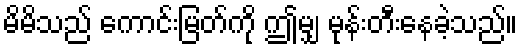
မိမိသည် ကောင်းမြတ်ကို ဤမျှ မုန်းတီးနေခဲ့သည်။